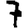
Digit: 7